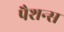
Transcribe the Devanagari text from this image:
पैशन्स